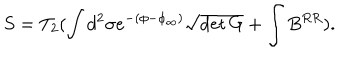
S = T _ { 2 } ( \int d ^ { 2 } \sigma e ^ { - ( \phi - \phi _ { \infty } ) } \sqrt { \det { G } } + \int B ^ { R R } ) .